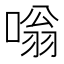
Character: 嗡